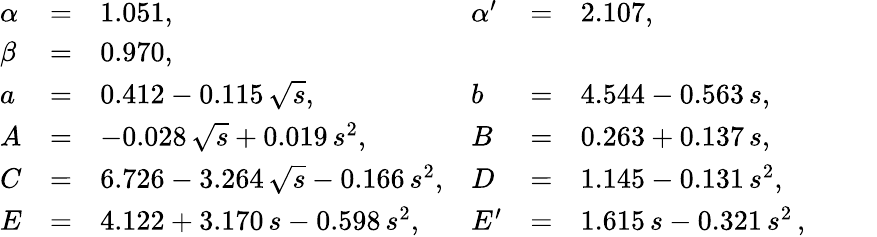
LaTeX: \begin{array}{lcllcl}{{\alpha}}&{{=}}&{{1.051,}}&{{\alpha^{\prime}}}&{{=}}&{{2.107,}}\\ {{\beta}}&{{=}}&{{0.970,}}&{{}}&{{}}&{{}}\\ {{a}}&{{=}}&{{0.412-0.115\, \sqrt{s},}}&{{b}}&{{=}}&{{4.544-0.563\, s,}}\\ {{A}}&{{=}}&{{-0.028\, \sqrt{s}+0.019\, s^{2},}}&{{B}}&{{=}}&{{0.263+0.137\, s,}}\\ {{C}}&{{=}}&{{6.726-3.264\, \sqrt{s}-0.166\, s^{2},}}&{{D}}&{{=}}&{{1.145-0.131\, s^{2},\quad\quad\quad\, \, }}\\ {{E}}&{{=}}&{{4.122+3.170\, s-0.598\, s^{2},}}&{{E^{\prime}}}&{{=}}&{{1.615\, s-0.321\, s^{2}\, ,}}\end{array}